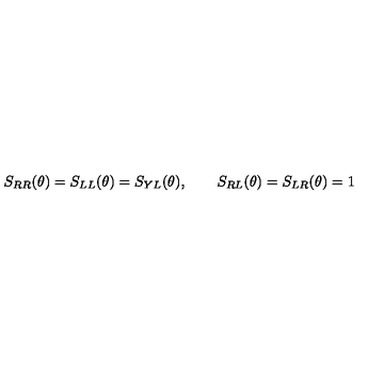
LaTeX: S _ { R R } ( \theta ) = S _ { L L } ( \theta ) = S _ { Y L } ( \theta ) , \qquad S _ { R L } ( \theta ) = S _ { L R } ( \theta ) = 1